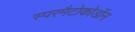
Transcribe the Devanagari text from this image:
स्परमैटोकोडॉन